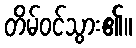
တိမ်ဝင်သွား၏။